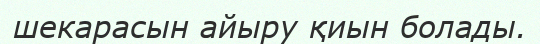
шекарасын айыру қиын болады.